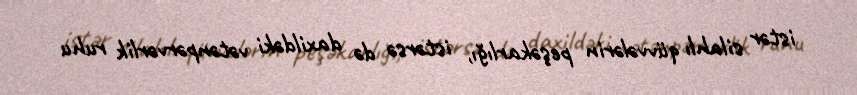
istər silahlı qüvvələrin peşəkarlığı, istərsə də daxildəki vətənpərvərlik ruhu